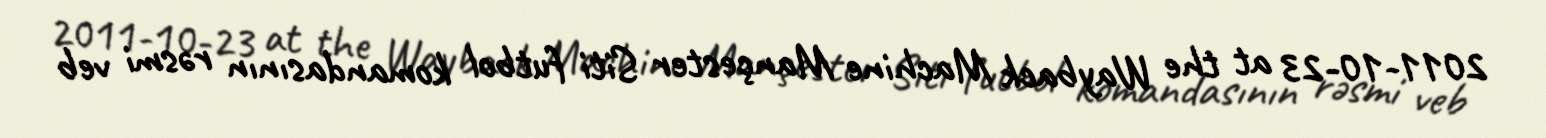
2011-10-23 at the Wayback Machine Mançester Siti futbol komandasının rəsmi veb